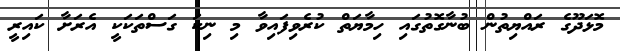
މޮޅަދޫގެ ރައްޔިތުން ބުނާގޮތުގައި ހިމާޔަތް ކުރެވިފައިވާ މި ނިކަ ގަސްތަކަކީ އެރަށާ ކައިރީ